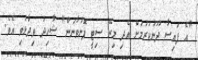
"އެ ފައިސާ ދޫނުކުރުމަށް އެދި މިރޭ ސިޓީ ފޮނުވާނަން" ޝާހިދު ވިދާޅުވި އެވެ.